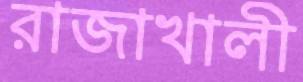
রাজাখালী